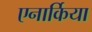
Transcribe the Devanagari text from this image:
एनार्किया